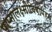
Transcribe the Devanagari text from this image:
पाप्मालक्ष्मीविषापहम्